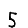
Digit: 5